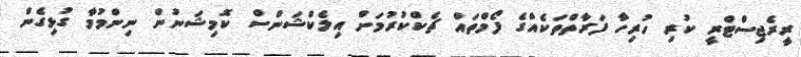
ރީރެޖިސްޓްރީ ކުރި ހުރިހާ ފަރާތްތަކެއްގެ ފޯމްތައް ޗެކްކުރުމަށް އިލެކްޝަންސް ކޮމިޝަނުން ނިންމުމާ ގުޅިގެން